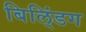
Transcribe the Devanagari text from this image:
बिलि्ंडग